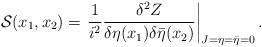
LaTeX: \begin{align*}{\cal S}(x_1, x_2) = \left.\frac{1}{i^2} \frac{\delta^2Z}{\delta \eta(x_1)\delta \bar \eta(x_2)}\right|_{J = \eta = \bar{\eta} = 0}.\end{align*}